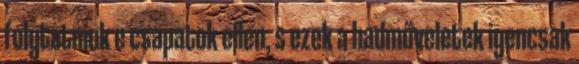
folytatniuk e csapatok ellen, s ezek a hadműveletek igencsak